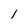
Character: 1